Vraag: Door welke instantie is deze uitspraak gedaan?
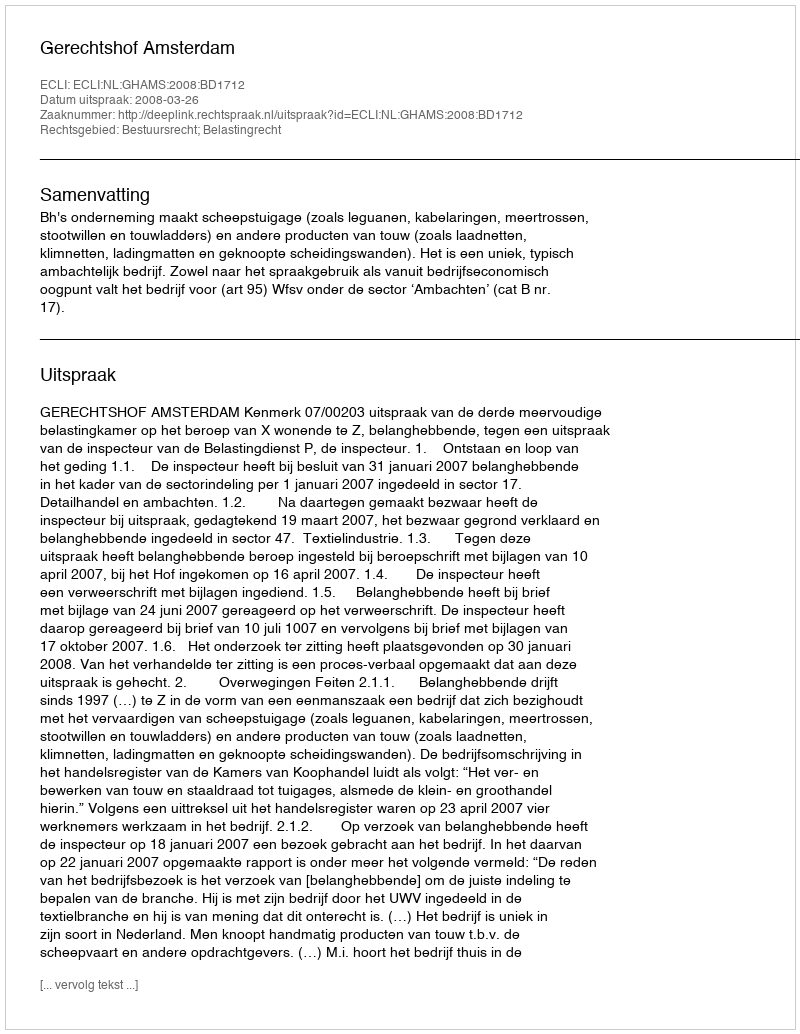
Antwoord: Gerechtshof Amsterdam